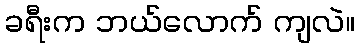
ခရီးက ဘယ်လောက် ကျလဲ။